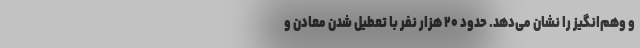
و وهم‌انگیز را نشان می‌دهد. حدود ۲۰ هزار نفر با تعطیل شدن معادن و